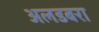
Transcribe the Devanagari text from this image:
अलडबरा